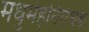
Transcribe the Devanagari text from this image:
मधुमेहनिरोधक